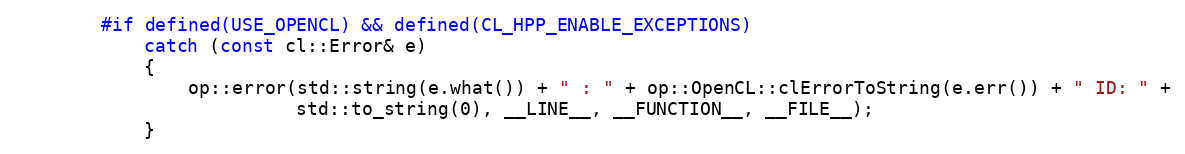
Language: C++
        #if defined(USE_OPENCL) && defined(CL_HPP_ENABLE_EXCEPTIONS)
            catch (const cl::Error& e)
            {
                op::error(std::string(e.what()) + " : " + op::OpenCL::clErrorToString(e.err()) + " ID: " +
                          std::to_string(0), __LINE__, __FUNCTION__, __FILE__);
            }